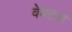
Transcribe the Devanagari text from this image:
वेक्टरा